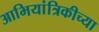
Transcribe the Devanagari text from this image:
आभियांत्रिकीच्या